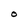
Character: O